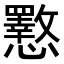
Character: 𭟟